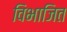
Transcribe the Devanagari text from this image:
विभाजित